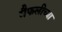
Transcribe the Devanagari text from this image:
मैफलीच्या